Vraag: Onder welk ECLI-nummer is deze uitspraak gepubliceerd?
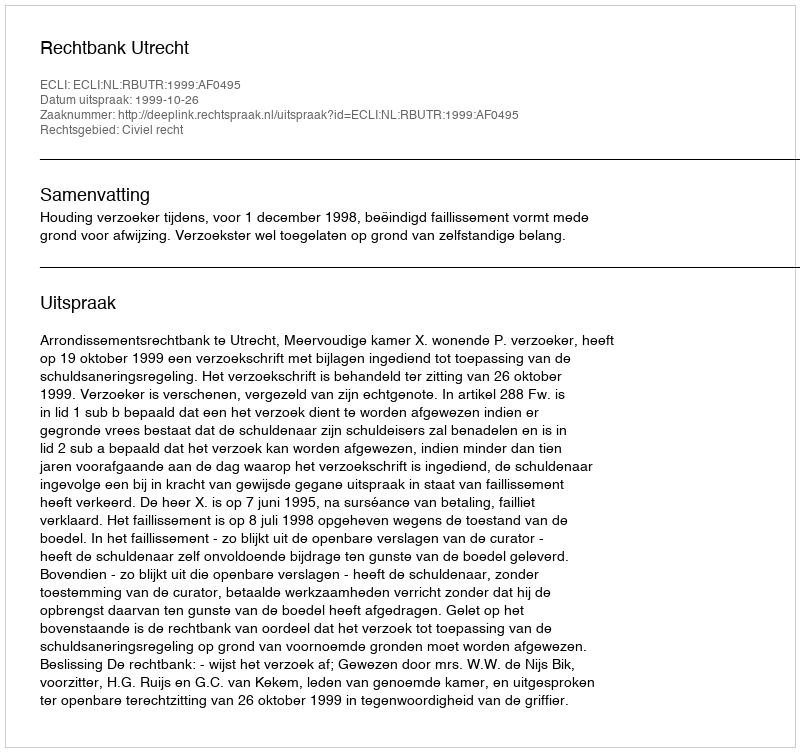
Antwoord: ECLI:NL:RBUTR:1999:AF0495